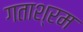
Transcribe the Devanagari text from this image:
गताश्रम